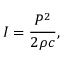
I = \frac { P ^ { 2 } } { 2 \rho c } ,